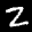
Label: 2